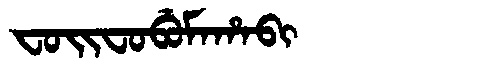
Manchu: ᠸᠣᡳᠸᠣᠪᡠᠮᠠᡥᠠᠪᡳ
Romanization: FOIFOBUMAHABI